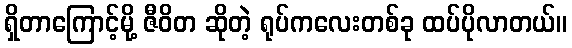
ရှိတာကြောင့်မို့ ဇီဝိတ ဆိုတဲ့ ရုပ်ကလေးတစ်ခု ထပ်ပိုလာတယ်။